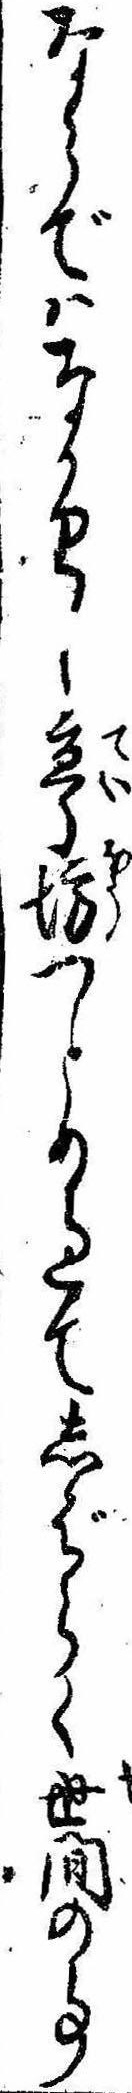
ならではなかりし亭坊つとめ過てしばらく世間の事